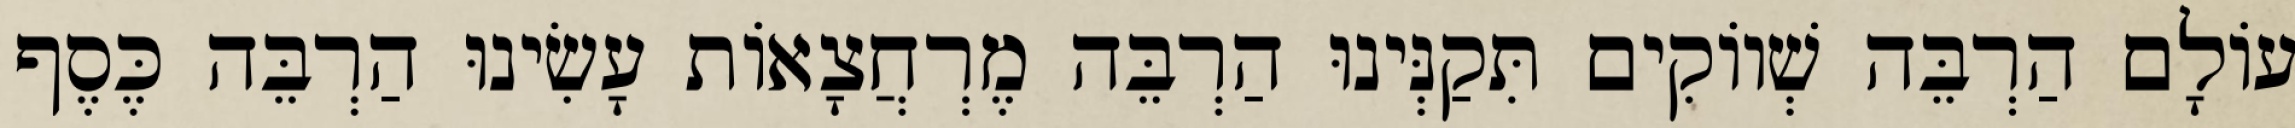
עוֹלָם הַרְבֵּה שְׁווֹקִים תִּקַנְּינוּ הַרְבֵּה מֶרְחֲצָאוֹת עָשִׂינוּ הַרְבֵּה כֶּסֶף